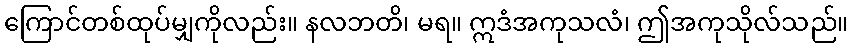
ကြောင်တစ်ထုပ်မျှကိုလည်း။ နလဘတိ၊ မရ။ ဣဒံအကုသလံ၊ ဤအကုသိုလ်သည်။